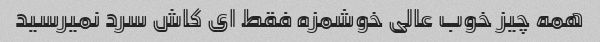
همه چیز خوب عالی خوشمزه فقط ای کاش سرد نمیرسید